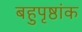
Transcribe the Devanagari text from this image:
बहुपृष्ठांक